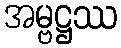
အမ္ဗဋ္ဌဿ